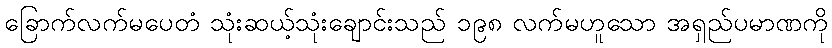
ခြောက်လက်မပေတံ သုံးဆယ့်သုံးချောင်းသည် ၁၉၈ လက်မဟူသော အရှည်ပမာဏကို